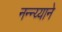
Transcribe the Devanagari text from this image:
नन्न्य्याने